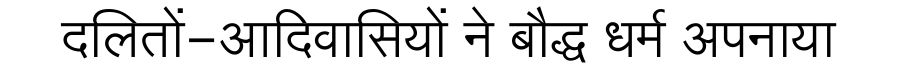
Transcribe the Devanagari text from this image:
दलितों-आदिवासियों ने बौद्ध धर्म अपनाया